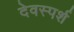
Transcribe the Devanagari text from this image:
देवस्पर्श